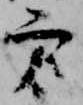
方